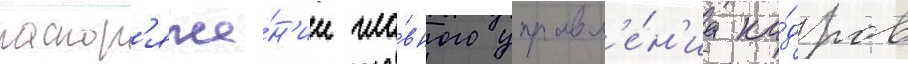
распор'яже́н'ии гла́вного управл'е́н'иа ка́дров